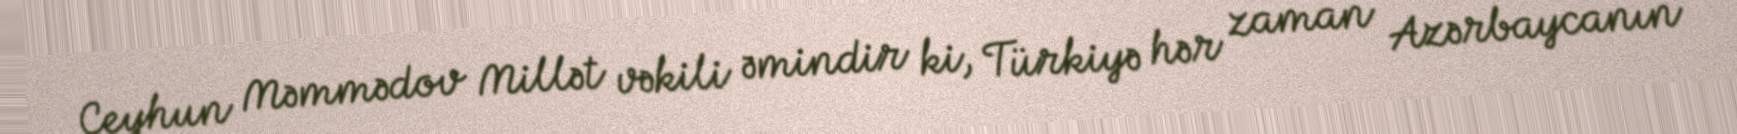
Ceyhun Məmmədov Millət vəkili əmindir ki, Türkiyə hər zaman Azərbaycanın